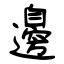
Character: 邊